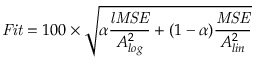
\mathit { F i t } = 1 0 0 \times \sqrt { \alpha \frac { \mathit { l M S E } } { A _ { l o g } ^ { 2 } } + ( 1 - \alpha ) \frac { \mathit { M S E } } { A _ { l i n } ^ { 2 } } }